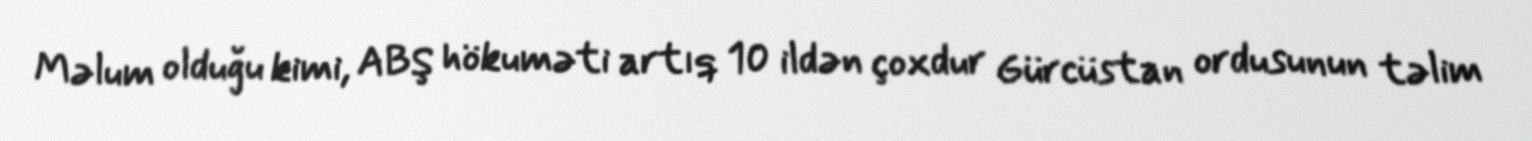
Məlum olduğu kimi, ABŞ hökuməti artıq 10 ildən çoxdur Gürcüstan ordusunun təlim